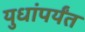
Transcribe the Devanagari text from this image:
युधांपर्यंत